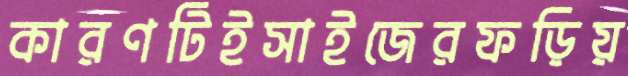
কারণটিইসাইজেরফড়িয়